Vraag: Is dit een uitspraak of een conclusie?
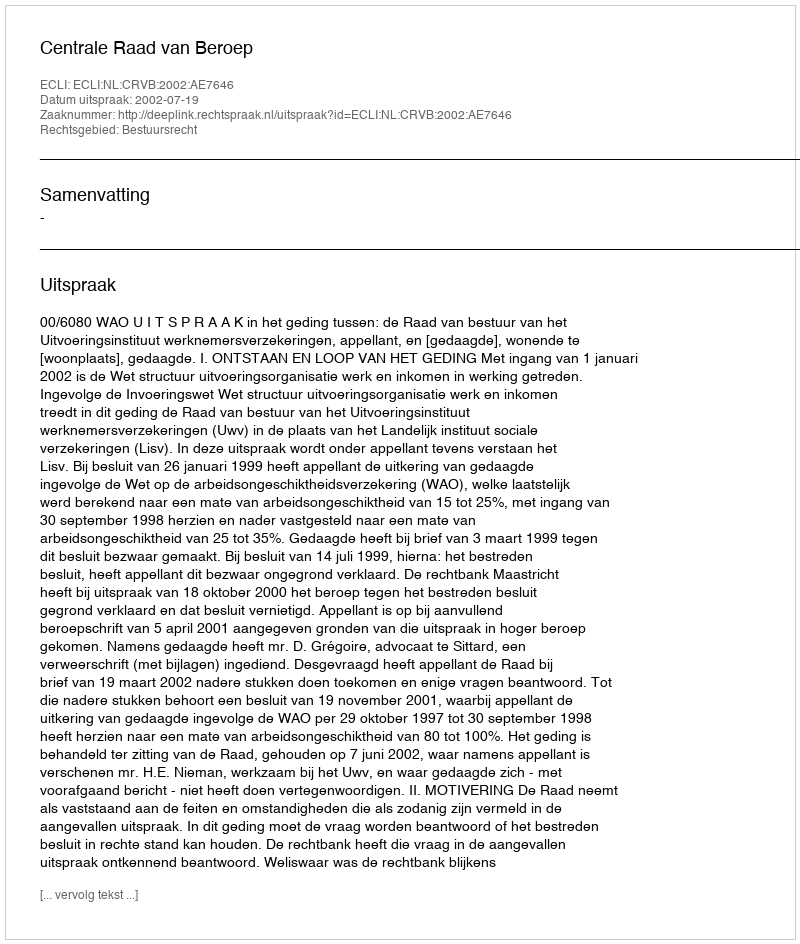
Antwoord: Uitspraak